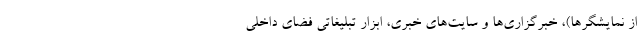
از نمايشگرها)، خبرگزاري‌ها و سايت‌هاي خبري، ابزار تبليغاتي فضاي داخلي